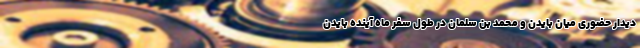
دیدار حضوری میان بایدن و محمد بن سلمان در طول سفر ماه آینده بایدن